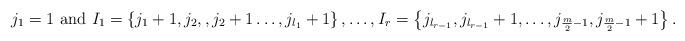
LaTeX: \begin{align*}j_{1}=1\,\,{\rm and}\,\,I_{1}=\left\{ j_{1}+1,j_{2},,j_{2}+1\dots,j_{l_{1}}+1\right\} ,\dots,I_{r}=\left\{ j_{l_{r-1}},j_{l_{r-1}}+1,\dots,j_{\frac{m}{2}-1},j_{\frac{m}{2}-1}+1\right\} .\end{align*}